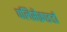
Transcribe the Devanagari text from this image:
पलिसैक्राइडों